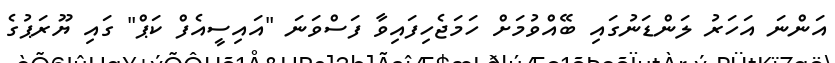
އަންނަ އަހަރު ލަންޑަނުގައި ބޭއްވުމަށް ހަމަޖެހިފައިވާ ފަސްވަނަ "އައިސީއެފް ކަޕް" ގައި ޔޫރަޕުގެ